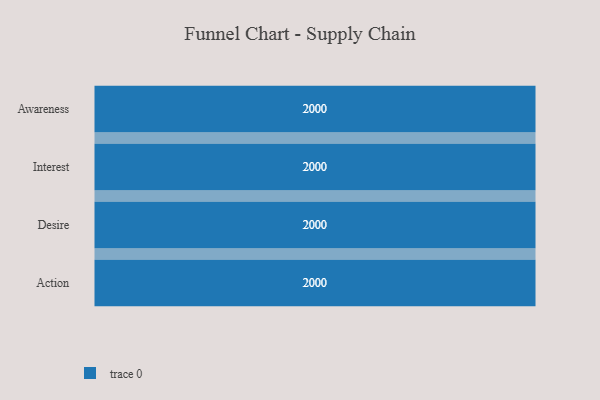
{"axis": {"x": "Stage", "y": "Value"}, "legend": [""], "data": [{"x": "Awareness", "y": 2000, "type": ""}, {"x": "Interest", "y": 2000, "type": ""}, {"x": "Desire", "y": 2000, "type": ""}, {"x": "Action", "y": 2000, "type": ""}]}